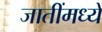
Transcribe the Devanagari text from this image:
जातींमध्यें